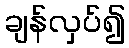
ချန်လှပ်၍